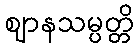
ဈာနသမ္ပတ္တိ